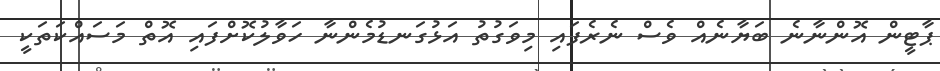
ޕާޓީން އޮންނާނެ ބަޔާނެއް ވެސް ނެރެފައި މިވަގުތު އަޅުގަނޑުމެންނާ ހަވާލުކޮށްފައި އޮތް މަސައްކަތަކީ